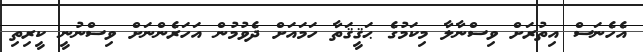
އެހެނަސް އިތުރަށް ވިސްނާލާ މިކަމުގެ ޙަޤީޤަތާ ހަމައަށް ދެވުމުން އަހަރެންނަށް ވިސްނުނީ ކީރިތި